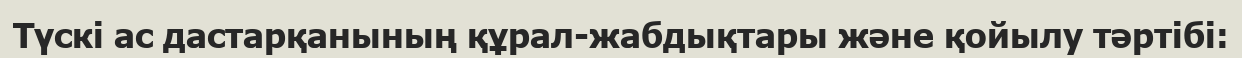
Түскі ас дастарқанының құрал-жабдықтары және қойылу тәртібі: